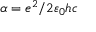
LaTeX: \alpha = e ^ { 2 } / 2 \varepsilon _ { 0 } h c